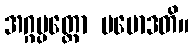
အဂ္ဂပ္ပတ္တော ပမောဒတိ။